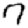
Digit: 7